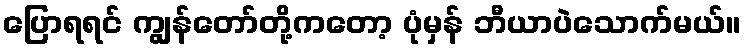
ပြောရရင် ကျွန်တော်တို့ကတော့ ပုံမှန် ဘီယာပဲသောက်မယ်။